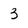
Character: 3